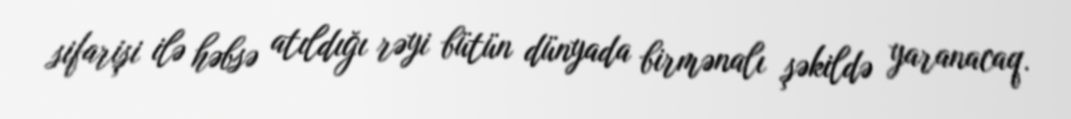
sifarişi ilə həbsə atıldığı rəyi bütün dünyada birmənalı şəkildə yaranacaq.